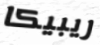
ريبيكا